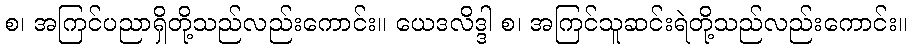
စ၊ အကြင်ပညာရှိတို့သည်လည်းကောင်း။ ယေဒလိဒ္ဒါ စ၊ အကြင်သူဆင်းရဲတို့သည်လည်းကောင်း။